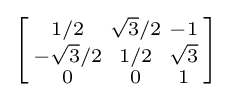
\left[{\begin{smallmatrix}1/2&{\sqrt {3}}/2&-1\\-{\sqrt {3}}/2&1/2&{\sqrt {3}}\\0&0&1\\\end{smallmatrix}}\right]